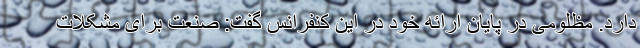
دارد. مظلومی در پایان ارائه خود در این کنفرانس گفت: صنعت برای مشکلات